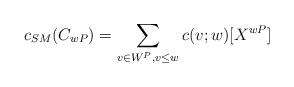
LaTeX: \begin{align*}c_{SM}(C_{w P})=\sum_{v\in W^P, v\leq w}{c(v;w)[X^{w P}]}\end{align*}